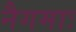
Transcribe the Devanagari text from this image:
नैगमाः